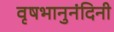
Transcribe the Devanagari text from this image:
वृषभानुनंदिनी